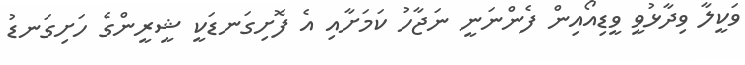
ވަކީލާ ވިދާޅުވީ ވީޑިއޯއިން ފެންނަނީ ނަޖާހު ކަމަށާއި އެ ފޮށިގަނޑަކީ ޝީރީންގެ ހަށިގަނޑު